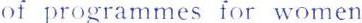
of programmes for women